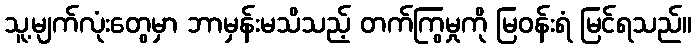
သူ့မျက်လုံးတွေမှာ ဘာမှန်းမသိသည့် တက်ကြွမှုကို မြဝန်းရံ မြင်ရသည်။